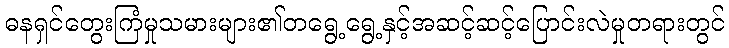
ဓနရှင်တွေးကြံမှုသမားများ၏တရွေ့ရွေ့နှင့်အဆင့်ဆင့်ပြောင်းလဲမှုတရားတွင်